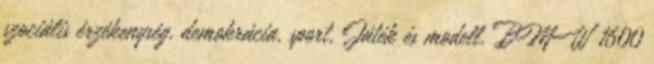
szociális érzékenység, demokrácia, sport, Játék és modell. BMW 1600